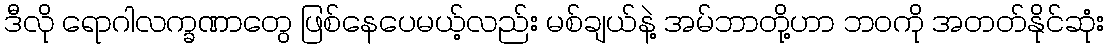
ဒီလို ရောဂါလက္ခဏာတွေ ဖြစ်နေပေမယ့်လည်း မစ်ချယ်နဲ့ အမ်ဘာတို့ဟာ ဘဝကို အတတ်နိုင်ဆုံး